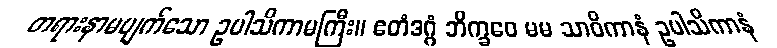
တရားနာမပျက်သော ဥပါသိကာမကြီး။ ဧတံဒဂ္ဂံ ဘိက္ခဝေ မမ သာဝိကာနံ ဥပါသိကာနံ